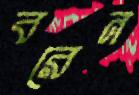
বরেন